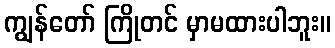
ကျွန်တော် ကြိုတင် မှာမထားပါဘူး။